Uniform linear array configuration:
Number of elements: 48
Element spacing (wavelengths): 0.75
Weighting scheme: blackman
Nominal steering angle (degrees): -45
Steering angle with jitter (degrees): -43.495
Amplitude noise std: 0.05
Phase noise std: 0.05

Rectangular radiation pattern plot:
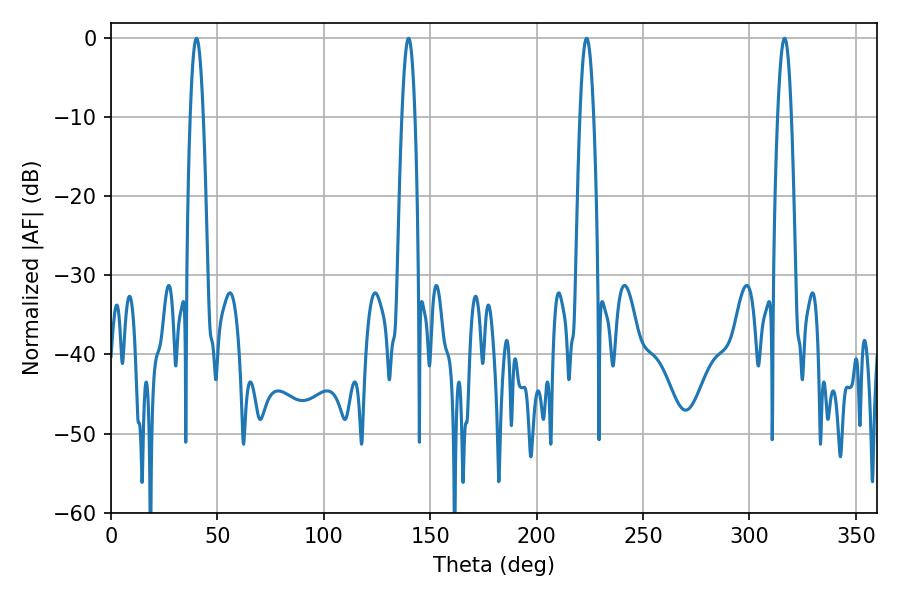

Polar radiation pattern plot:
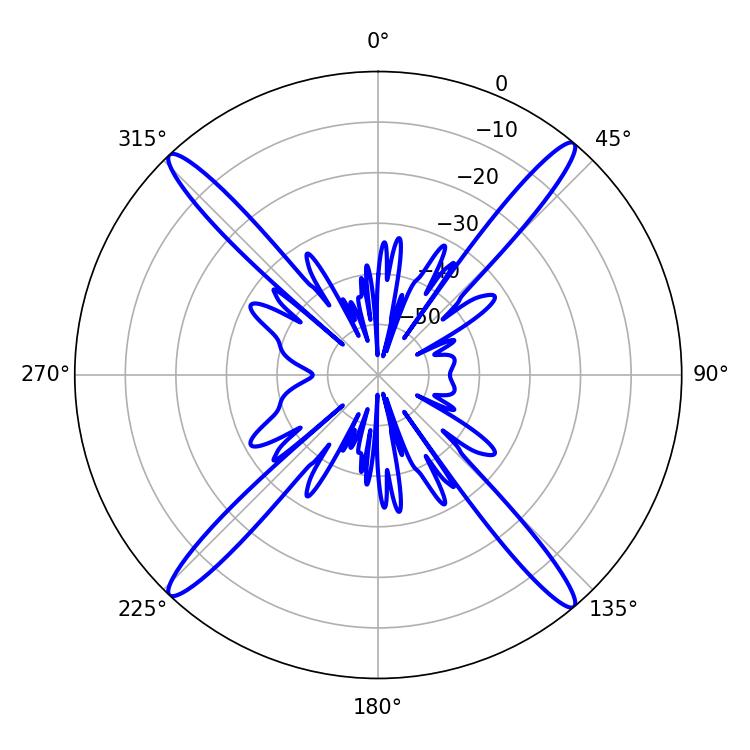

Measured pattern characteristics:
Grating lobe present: TRUE
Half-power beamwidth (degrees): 3.42
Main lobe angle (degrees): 40.14